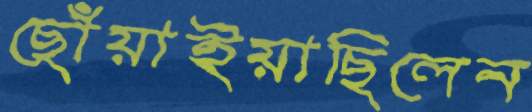
ছোঁয়াইয়াছিলেন